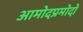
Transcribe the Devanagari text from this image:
आमोदप्रमोदों